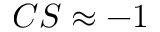
C S \approx - 1